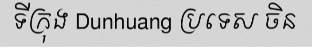
ទីក្រុង Dunhuang ប្រទេស ចិន